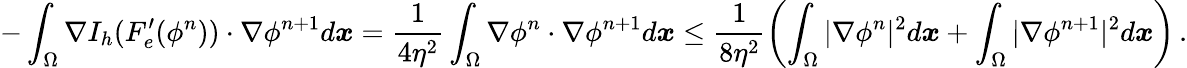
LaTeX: -\displaystyle\int_{\Omega}\nabla I_{h}(F_{e}^{\prime}(\phi^{n}))\cdot\nabla\phi^{n+1}d\boldsymbol x=\frac 1{4\eta^{2}}\displaystyle\int_{\Omega}\nabla\phi^{n}\cdot\nabla\phi^{n+1}d\boldsymbol x\leq\frac{1}{8\eta^{2}}\left(\int_{\Omega}|\nabla\phi^{n}|^{2}d\boldsymbol x+\int_{\Omega}|\nabla\phi^{n+1}|^{2}d\boldsymbol x\right)\, .